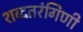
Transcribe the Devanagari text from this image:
शब्दतरंगिणी